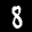
Label: 8